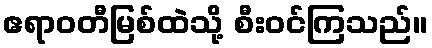
ဧရာဝတီမြစ်ထဲသို့ စီးဝင်ကြသည်။